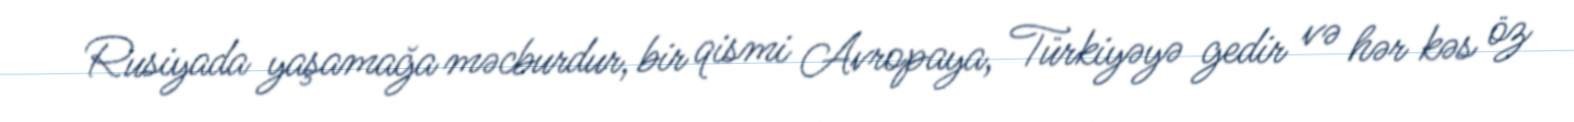
Rusiyada yaşamağa məcburdur, bir qismi Avropaya, Türkiyəyə gedir və hər kəs öz